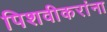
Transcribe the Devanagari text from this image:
पिशवीकरांना